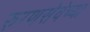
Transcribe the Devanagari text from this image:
रुग्णसेवेच्या